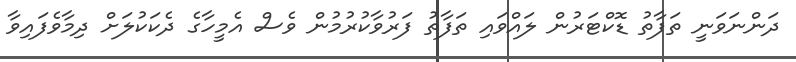
ދަންނަވަނީ ތަފާތު ޑޮކްޓަރުން ލައްވައި ތަފާތު ފަރުވާކުރުމުން ވެސް އެމީހާގެ ދެކަކުލަށް ދިމާވެފައިވާ